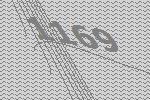
1169